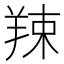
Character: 𦎏